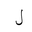
Letter: _lam